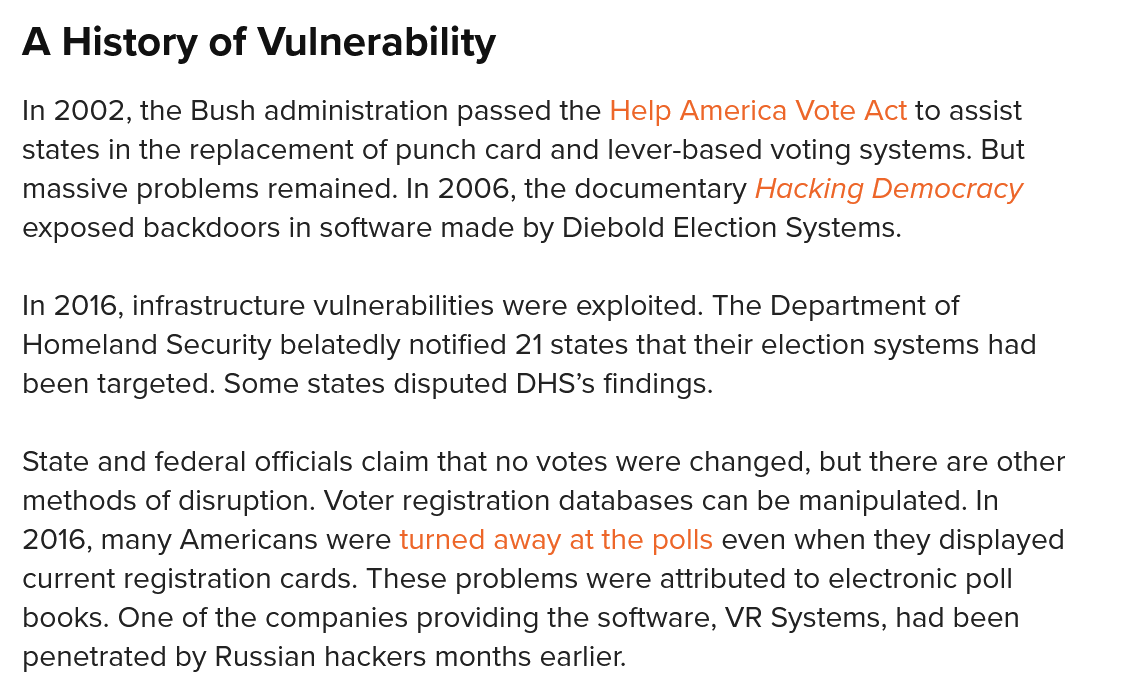
A  History   of Vulnerability
  In 2002, the Bush administration passed the Help America Vote Act to assist
  states in the replacement of punch card and lever-based voting systems. But
  massive problems remained. In 2006, the documentary Hacking Democracy
  exposed backdoors in software made by Diebold Election Systems.
  In 2016, infrastructure vulnerabilities were exploited. The Department of
  Homeland  Security belatedly notified 21 states that their election systems had
  been targeted. Some states disputed DHS’s findings.
  State and federal officials claim that no votes were changed, but there are other
  methods of disruption. Voter registration databases can be manipulated. In
  2016, many Americans were turned away at the polls even when they displayed
  current registration cards. These problems were attributed to electronic poll
  books. One of the companies providing the software, VR Systems, had been
  penetrated by Russian hackers months earlier.